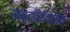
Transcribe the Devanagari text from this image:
समृद्धिविहीन